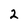
Character: 2